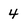
Character: 4